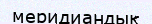
меридиандық